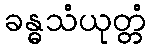
ခန္ဓသံယုတ္တံ